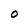
Character: O